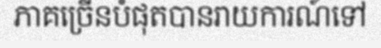
ភាគច្រើនបំផុតបានរាយការណ៍ទៅ